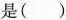
是()